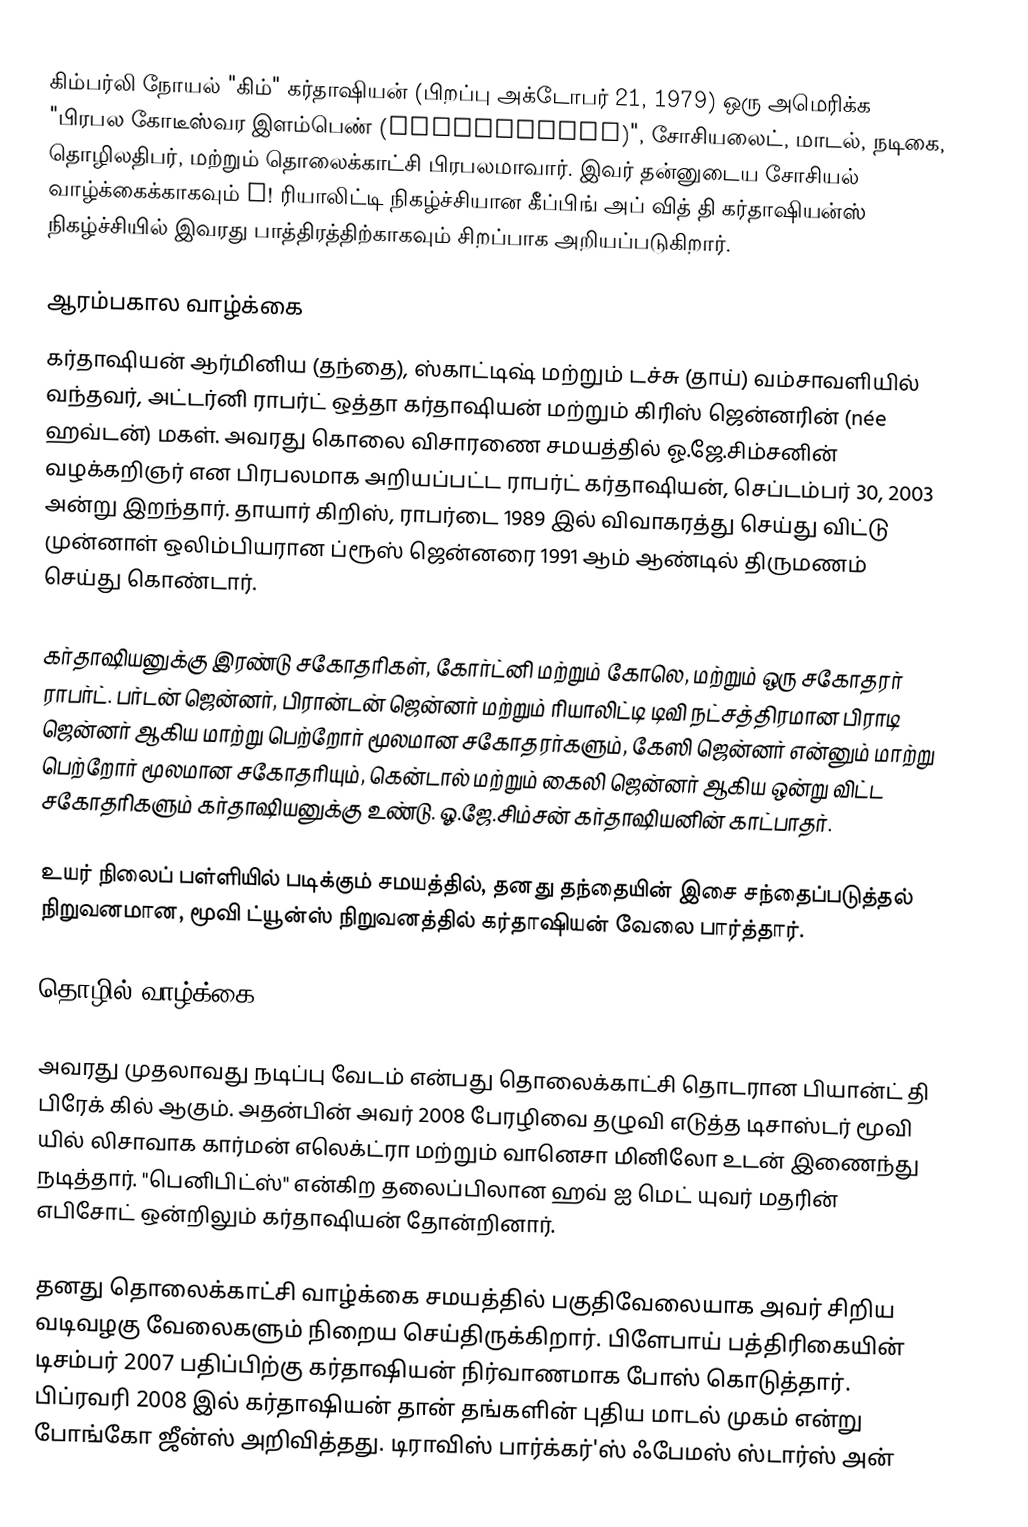
கிம்பர்லி நோயல் "கிம்" கர்தாஷியன் (பிறப்பு அக்டோபர் 21, 1979) ஒரு அமெரிக்க "பிரபல கோடீஸ்வர இளம்பெண் (celebutante)", சோசியலைட், மாடல், நடிகை, தொழிலதிபர், மற்றும் தொலைக்காட்சி பிரபலமாவார். இவர் தன்னுடைய சோசியல் வாழ்க்கைக்காகவும் E! ரியாலிட்டி நிகழ்ச்சியான கீப்பிங் அப் வித் தி கர்தாஷியன்ஸ் நிகழ்ச்சியில் இவரது பாத்திரத்திற்காகவும் சிறப்பாக அறியப்படுகிறார்.

ஆரம்பகால வாழ்க்கை
கர்தாஷியன் ஆர்மினிய (தந்தை), ஸ்காட்டிஷ் மற்றும் டச்சு (தாய்) வம்சாவளியில் வந்தவர், அட்டர்னி ராபர்ட் ஒத்தா  கர்தாஷியன் மற்றும் கிரிஸ் ஜென்னரின் (née ஹவ்டன்) மகள். அவரது கொலை விசாரணை சமயத்தில் ஓ.ஜே.சிம்சனின் வழக்கறிஞர் என பிரபலமாக அறியப்பட்ட ராபர்ட் கர்தாஷியன், செப்டம்பர் 30, 2003 அன்று இறந்தார். தாயார் கிறிஸ், ராபர்டை 1989 இல் விவாகரத்து செய்து விட்டு முன்னாள் ஒலிம்பியரான ப்ரூஸ் ஜென்னரை 1991 ஆம் ஆண்டில் திருமணம் செய்து கொண்டார்.

கர்தாஷியனுக்கு இரண்டு சகோதரிகள், கோர்ட்னி மற்றும் கோலெ, மற்றும் ஒரு சகோதரர் ராபர்ட். பர்டன் ஜென்னர், பிரான்டன் ஜென்னர் மற்றும் ரியாலிட்டி டிவி நட்சத்திரமான பிராடி ஜென்னர் ஆகிய மாற்று பெற்றோர் மூலமான சகோதரர்களும், கேஸி ஜென்னர் என்னும் மாற்று பெற்றோர் மூலமான சகோதரியும், கென்டால் மற்றும் கைலி ஜென்னர் ஆகிய ஒன்று விட்ட சகோதரிகளும் கர்தாஷியனுக்கு உண்டு. ஓ.ஜே.சிம்சன் கர்தாஷியனின் காட்பாதர்.

உயர் நிலைப் பள்ளியில் படிக்கும் சமயத்தில், தனது தந்தையின் இசை சந்தைப்படுத்தல் நிறுவனமான, மூவி ட்யூன்ஸ் நிறுவனத்தில் கர்தாஷியன் வேலை பார்த்தார்.

தொழில் வாழ்க்கை

அவரது முதலாவது நடிப்பு வேடம் என்பது தொலைக்காட்சி தொடரான பியான்ட் தி பிரேக் கில் ஆகும். அதன்பின் அவர் 2008 பேரழிவை தழுவி எடுத்த டிசாஸ்டர் மூவி யில் லிசாவாக கார்மன் எலெக்ட்ரா மற்றும் வானெசா மினிலோ உடன் இணைந்து நடித்தார். "பெனிபிட்ஸ்" என்கிற தலைப்பிலான ஹவ் ஐ மெட் யுவர் மதரின் எபிசோட் ஒன்றிலும் கர்தாஷியன் தோன்றினார்.

தனது தொலைக்காட்சி வாழ்க்கை சமயத்தில் பகுதிவேலையாக அவர் சிறிய வடிவழகு வேலைகளும் நிறைய செய்திருக்கிறார். பிளேபாய் பத்திரிகையின் டிசம்பர் 2007 பதிப்பிற்கு கர்தாஷியன் நிர்வாணமாக போஸ் கொடுத்தார். பிப்ரவரி 2008 இல் கர்தாஷியன் தான் தங்களின் புதிய மாடல் முகம் என்று போங்கோ ஜீன்ஸ் அறிவித்தது. டிராவிஸ் பார்க்கர்'ஸ் ஃபேமஸ் ஸ்டார்ஸ் அன்